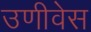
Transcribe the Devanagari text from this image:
उणीवेस